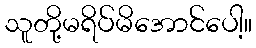
သူတို့မရိပ်မိအောင်ပေါ့။